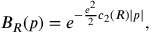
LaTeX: B _ { R } ( p ) = e ^ { - \frac { e ^ { 2 } } { 2 } c _ { 2 } ( R ) | p | } ,